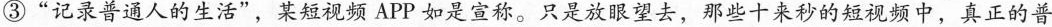
③”记录普通人的生活”，某短视频APP如是宣称。只是放眼望去，那些十来秒的短视频中，真正的普